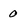
Character: 0